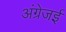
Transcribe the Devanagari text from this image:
अंग्रेजई